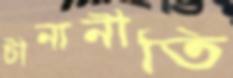
চীনানীতি